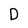
Character: D